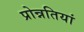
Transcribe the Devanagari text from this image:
प्रोन्नतियां